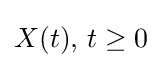
X(t),\,t\geq 0